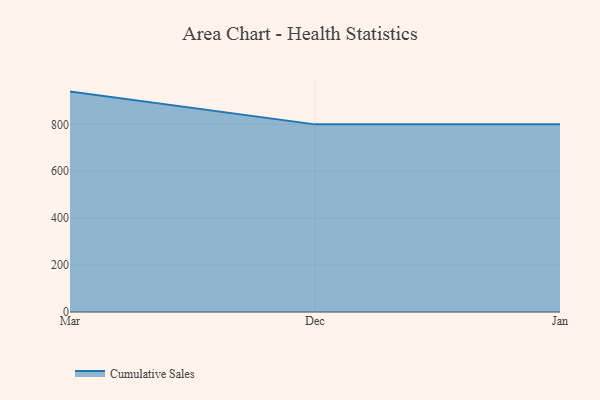
{"axis": {"x": "Month", "y": "Website Visitors"}, "legend": ["Cumulative Sales"], "data": [{"x": "Mar", "y": 939.7, "type": "Cumulative Sales"}, {"x": "Dec", "y": 800, "type": "Cumulative Sales"}, {"x": "Jan", "y": 800, "type": "Cumulative Sales"}]}